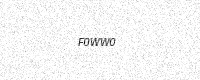
Text: F0WW0